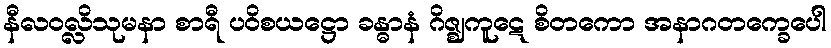
နီလဝလ္လိသုမနာ စာရီ ပဝိစယဋ္ဌော ခန္ဓာနံ ဂိဇ္ဈကူဋေ စိတကော အနာဂတက္ခေပေါ